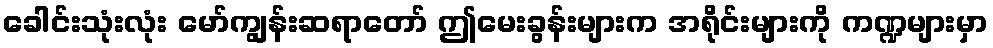
ခေါင်းသုံးလုံး မော်ကျွန်းဆရာတော် ဤမေးခွန်းများက အရိုင်းများကို ကဏ္ဍများမှာ